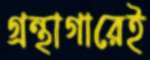
গ্রন্থাগারেই